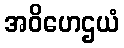
အဝိဟေဌယံ